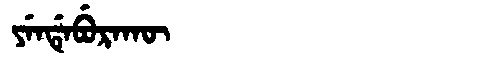
Manchu: ᠶᡝᠨᡩᡝᠪᡠᡵᠠᡴᡡ
Romanization: YENDEBURAKŪ